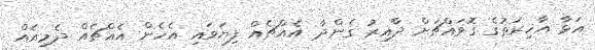
އަޅާ އާޚިރަތުގެ ގޮވައްޗަށް ދާއިރު ގެންދާ އެއްޗެއް ފިޔަވައި އެހެން އެއްޗެއް ދެމިއެއް